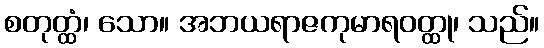
စတုတ္ထံ၊ သော။ အဘယရာဇကုမာရဝတ္ထု၊ သည်။